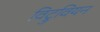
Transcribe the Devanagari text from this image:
विट्रुवियन